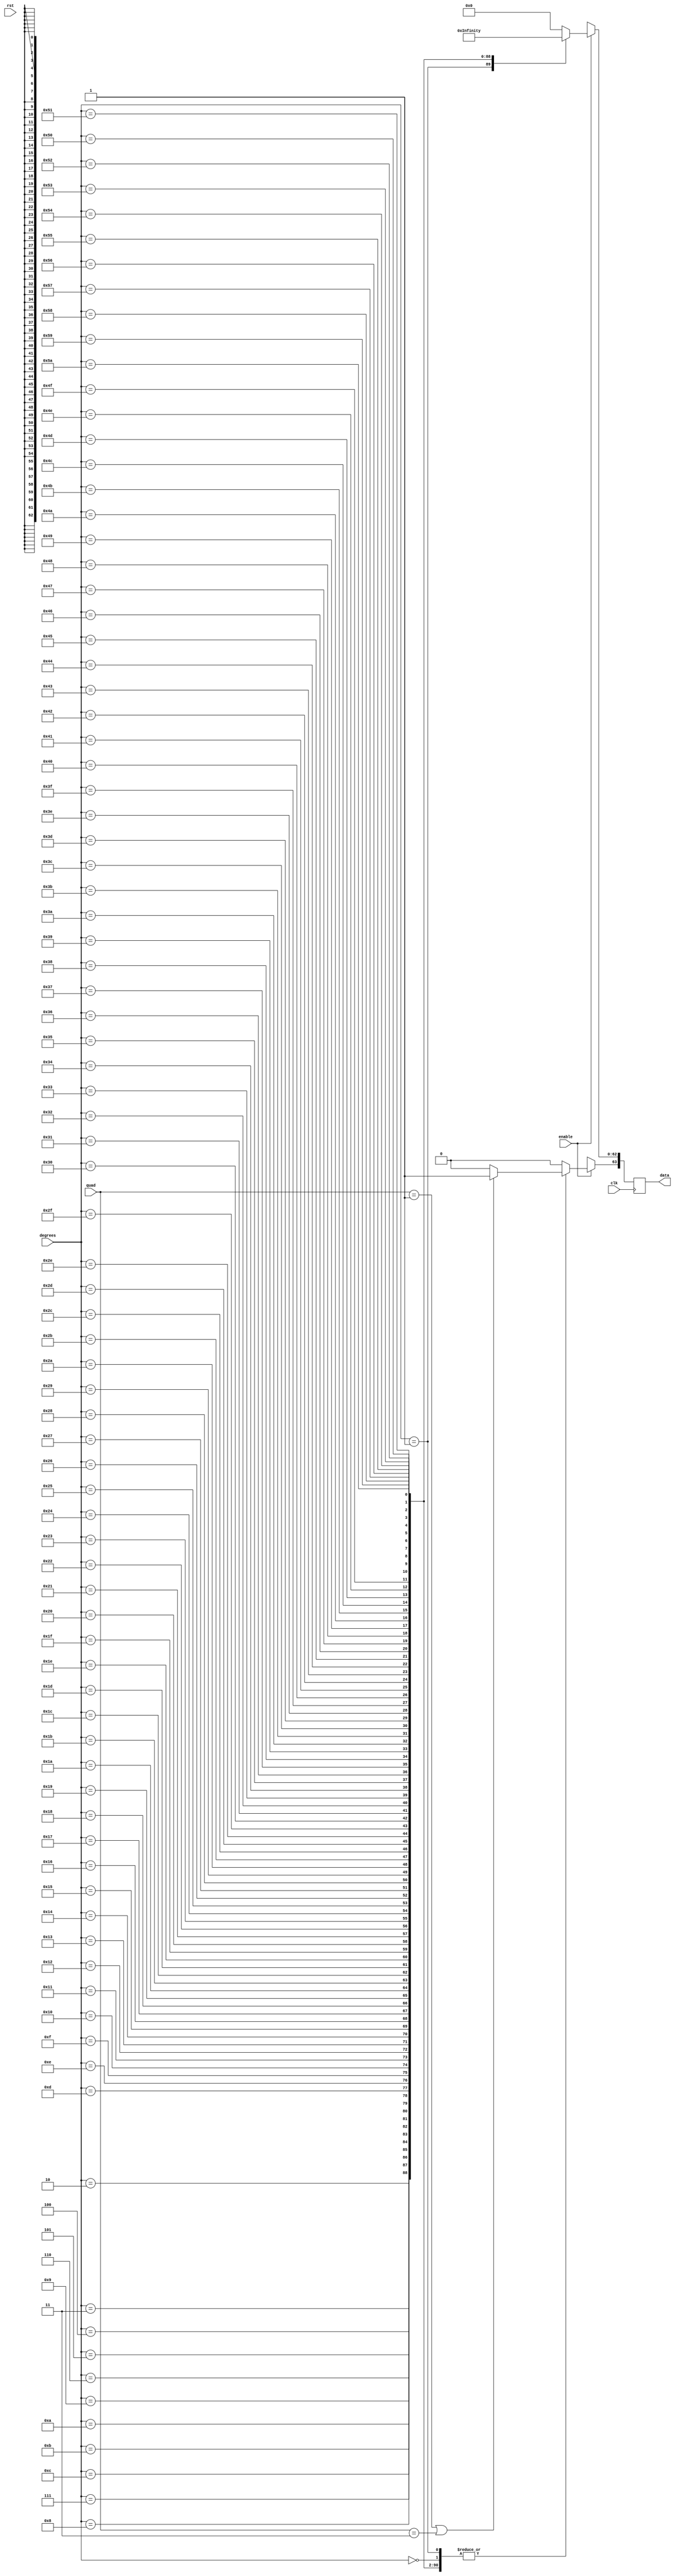
`define INPUT_WIDTH 32
`define INPUT_WIDTH 32
`define INPUT_WIDTH 32
`define INPUT_WIDTH 32
`define INPUT_WIDTH 32
`define INPUT_WIDTH 32
`define INPUT_WIDTH 32
`define INPUT_WIDTH 32

module tangent_lut (quad, enable, degrees, data, rst, clk);

input [1:0] quad;
input enable;
input rst;
input clk;
input [`INPUT_WIDTH-1:0] degrees ;

//////////////inputs/////////////////

output reg [63:0] data;

//////////////output/////////////////


always@(posedge clk )

// needs to be positive in first and third quadrants

 begin
        if (quad == 2'b01 || quad == 2'b11)
        begin
        data[63] <= 1'b1;
        end

        else
        begin
        data[63] <= 1'b0;
        end

	if(enable)
	case (degrees)

// look up table
	  
`INPUT_WIDTH'd0  : data[62:0] <= 64'h0000000000000000;
`INPUT_WIDTH'd1  : data[62:0] <= 64'h3f91dfbd9410a422;
`INPUT_WIDTH'd2  : data[62:0] <= 64'h3fa1e12295d61fc2;
`INPUT_WIDTH'd3  : data[62:0] <= 64'h3faad53144273e71;
`INPUT_WIDTH'd4  : data[62:0] <= 64'h3fb1e6b93a693204;
`INPUT_WIDTH'd5  : data[62:0] <= 64'h3fb665a8349d55e1;
`INPUT_WIDTH'd6  : data[62:0] <= 64'h3fbae81c75231d97;
`INPUT_WIDTH'd7  : data[62:0] <= 64'h3fbf6ecf19881d32;
`INPUT_WIDTH'd8  : data[62:0] <= 64'h3fc1fd3df8664fe5;
`INPUT_WIDTH'd9  : data[62:0] <= 64'h3fc445f0fbb1cf91;
`INPUT_WIDTH'd10 : data[62:0] <= 64'h3fc691e1ebc5cbbc;
`INPUT_WIDTH'd11 : data[62:0] <= 64'h3fc8e174375dceb6;
`INPUT_WIDTH'd12 : data[62:0] <= 64'h3fcb350dac76234b;
`INPUT_WIDTH'd13 : data[62:0] <= 64'h3fcd8d16c1491593;
`INPUT_WIDTH'd14 : data[62:0] <= 64'h3fcfe9fae1181f54;
`INPUT_WIDTH'd15 : data[62:0] <= 64'h3fd126145e9ecd56;
`INPUT_WIDTH'd16 : data[62:0] <= 64'h3fd25a0951873b22;
`INPUT_WIDTH'd17 : data[62:0] <= 64'h3fd391176b8feb5a;
`INPUT_WIDTH'd18 : data[62:0] <= 64'h3fd4cb7bfb4961ae;
`INPUT_WIDTH'd19 : data[62:0] <= 64'h3fd60976af8c1613;
`INPUT_WIDTH'd20 : data[62:0] <= 64'h3fd74b49cf3902d4;
`INPUT_WIDTH'd21 : data[62:0] <= 64'h3fd8913a75259d06;
`INPUT_WIDTH'd22 : data[62:0] <= 64'h3fd9db90d0ac0d40;
`INPUT_WIDTH'd23 : data[62:0] <= 64'h3fdb2a986b66229e;
`INPUT_WIDTH'd24 : data[62:0] <= 64'h3fdc7ea074a90a0c;
`INPUT_WIDTH'd25 : data[62:0] <= 64'h3fddd7fc13699ab1;
`INPUT_WIDTH'd26 : data[62:0] <= 64'h3fdf3702bf455cf3;
`INPUT_WIDTH'd27 : data[62:0] <= 64'h3fe04e0850c1dd5c;
`INPUT_WIDTH'd28 : data[62:0] <= 64'h3fe103c37f7ebedc;
`INPUT_WIDTH'd29 : data[62:0] <= 64'h3fe1bce655fbb9bf;
`INPUT_WIDTH'd30 : data[62:0] <= 64'h3fe279a74590331c;
`INPUT_WIDTH'd31 : data[62:0] <= 64'h3fe33a400c85af9d;
`INPUT_WIDTH'd32 : data[62:0] <= 64'h3fe3feee02d72515;
`INPUT_WIDTH'd33 : data[62:0] <= 64'h3fe4c7f26ed1d60d;
`INPUT_WIDTH'd34 : data[62:0] <= 64'h3fe59592e296c624;
`INPUT_WIDTH'd35 : data[62:0] <= 64'h3fe66819a3a0bf7a;
`INPUT_WIDTH'd36 : data[62:0] <= 64'h3fe73fd61d9df543;
`INPUT_WIDTH'd37 : data[62:0] <= 64'h3fe81d1d621eb710;
`INPUT_WIDTH'd38 : data[62:0] <= 64'h3fe9004ab6d5cc92;
`INPUT_WIDTH'd39 : data[62:0] <= 64'h3fe9e9c0346ca838;
`INPUT_WIDTH'd40 : data[62:0] <= 64'h3fead9e7783fbf1d;
`INPUT_WIDTH'd41 : data[62:0] <= 64'h3febd1326bb88d11;
`INPUT_WIDTH'd42 : data[62:0] <= 64'h3fecd01c246e405f;
`INPUT_WIDTH'd43 : data[62:0] <= 64'h3fedd729e0bf9cb7;
`INPUT_WIDTH'd44 : data[62:0] <= 64'h3feee6ec253d2462;
`INPUT_WIDTH'd45 : data[62:0] <= 64'h3fefffffffffffff;
`INPUT_WIDTH'd46 : data[62:0] <= 64'h3ff091883bfbf42d;
`INPUT_WIDTH'd47 : data[62:0] <= 64'h3ff1286c17acf49c;
`INPUT_WIDTH'd48 : data[62:0] <= 64'h3ff1c511a0db83e2;
`INPUT_WIDTH'd49 : data[62:0] <= 64'h3ff267e8b3f5da80;
`INPUT_WIDTH'd50 : data[62:0] <= 64'h3ff3116c3711527e;
`INPUT_WIDTH'd51 : data[62:0] <= 64'h3ff3c2238553dced;
`INPUT_WIDTH'd52 : data[62:0] <= 64'h3ff47aa413b0ee1d;
`INPUT_WIDTH'd53 : data[62:0] <= 64'h3ff53b9359d2f918;
`INPUT_WIDTH'd54 : data[62:0] <= 64'h3ff605a90c73ab78;
`INPUT_WIDTH'd55 : data[62:0] <= 64'h3ff6d9b1b96ce127;
`INPUT_WIDTH'd56 : data[62:0] <= 64'h3ff7b891d9a169b3;
`INPUT_WIDTH'd57 : data[62:0] <= 64'h3ff8a34971bd700d;
`INPUT_WIDTH'd58 : data[62:0] <= 64'h3ff99af8610e4106;
`INPUT_WIDTH'd59 : data[62:0] <= 64'h3ffaa0e385c196a8;
`INPUT_WIDTH'd60 : data[62:0] <= 64'h3ffbb67ae8584ca8;
`INPUT_WIDTH'd61 : data[62:0] <= 64'h3ffcdd612dd501f3;
`INPUT_WIDTH'd62 : data[62:0] <= 64'h3ffe1774a2562592;
`INPUT_WIDTH'd63 : data[62:0] <= 64'h3fff66da45fee3f0;
`INPUT_WIDTH'd64 : data[62:0] <= 64'h40006705b35391e7;
`INPUT_WIDTH'd65 : data[62:0] <= 64'h400127f33e8d12e5;
`INPUT_WIDTH'd66 : data[62:0] <= 64'h4001f7e220cc416f;
`INPUT_WIDTH'd67 : data[62:0] <= 64'h4002d8c9200b5686;
`INPUT_WIDTH'd68 : data[62:0] <= 64'h4003ccfa561175d3;
`INPUT_WIDTH'd69 : data[62:0] <= 64'h4004d738ef803785;
`INPUT_WIDTH'd70 : data[62:0] <= 64'h4005fad570f872d7;
`INPUT_WIDTH'd71 : data[62:0] <= 64'h40073bd2e9a270df;
`INPUT_WIDTH'd72 : data[62:0] <= 64'h40089f188bdcd7ad;
`INPUT_WIDTH'd73 : data[62:0] <= 64'h400a2ab4c713671d;
`INPUT_WIDTH'd74 : data[62:0] <= 64'h400be6398b3f2869;
`INPUT_WIDTH'd75 : data[62:0] <= 64'h400ddb3d742c2656;
`INPUT_WIDTH'd76 : data[62:0] <= 64'h40100b0a2833d3c5;
`INPUT_WIDTH'd77 : data[62:0] <= 64'h4011536e695dda91;
`INPUT_WIDTH'd78 : data[62:0] <= 64'h4012d18a8e2ff28e;
`INPUT_WIDTH'd79 : data[62:0] <= 64'h40149405f7cc6448;
`INPUT_WIDTH'd80 : data[62:0] <= 64'h4016af648056a133;
`INPUT_WIDTH'd81 : data[62:0] <= 64'h4019414813ba6629;
`INPUT_WIDTH'd82 : data[62:0] <= 64'h401c76237b025ae6;
`INPUT_WIDTH'd83 : data[62:0] <= 64'h402049e7c666e3fe;
`INPUT_WIDTH'd84 : data[62:0] <= 64'h4023075ac71a38c8;
`INPUT_WIDTH'd85 : data[62:0] <= 64'h4026dc2fd0bfdbd5;
`INPUT_WIDTH'd86 : data[62:0] <= 64'h402c99f0ed772d54;
`INPUT_WIDTH'd87 : data[62:0] <= 64'h403314c55fbc4c58;
`INPUT_WIDTH'd88 : data[62:0] <= 64'h403ca2e17ec21843;
`INPUT_WIDTH'd89 : data[62:0] <= 64'h404ca51d76749a49;
`INPUT_WIDTH'd90 : data[62:0] <= 64'h7ff0000000000000;

default:data <= 64'h0;

endcase


else 
  data <= 64'hxxxxxxxxxxxxxxx;



end

endmodule